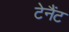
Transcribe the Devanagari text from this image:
टेनैंट